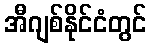
အီဂျစ်နိုင်ငံတွင်